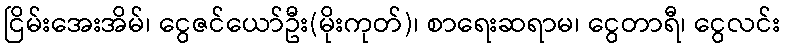
ငြိမ်းအေးအိမ်၊ ငွေဇင်ယော်ဦး(မိုးကုတ်)၊ စာရေးဆရာမ၊ ငွေတာရီ၊ ငွေလင်း